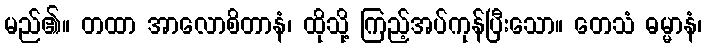
မည်၏။ တထာ အာလောစိတာနံ၊ ထိုသို့ ကြည့်အပ်ကုန်ပြီးသော။ တေသံ ဓမ္မာနံ၊